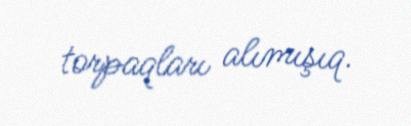
torpaqları alımışıq.